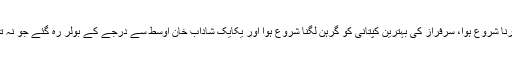
اس کے بعد سے پاکستان پے در پے میچز ہارنا شروع ہوا، سرفراز کی بہترین کپتانی کو گرہن لگنا شروع ہوا اور یکایک شاداب خان اوسط سے درجے کے بولر رہ گئے جو نہ تو اٹیک کر سکتا ہے نہ ہی بند باندھ سکتا ہے۔